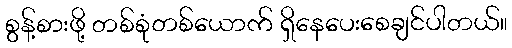
စွန့်စားဖို့ တစ်စုံတစ်ယောက် ရှိနေပေးစေချင်ပါတယ်။